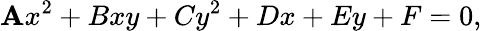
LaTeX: \mathbf{A}x^{2}+Bxy+Cy^{2}+Dx+Ey+F=0,